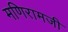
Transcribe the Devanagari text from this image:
मणिरामजी